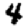
Digit: 4